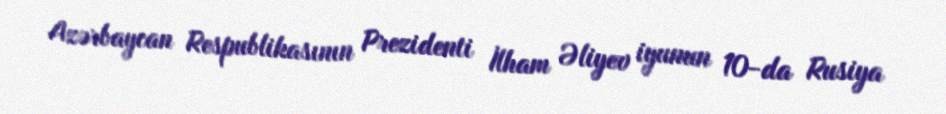
Azərbaycan Respublikasının Prezidenti İlham Əliyev iyunun 10-da Rusiya